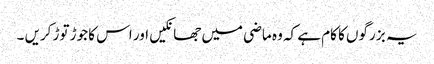
یہ بز رگوں کا کام ہے کہ وہ ماضی میں جھانکیں اور اس کا جوڑ توڑ کریں ۔